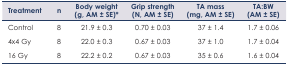
| Treatment | n | Body weight (g, AM ± SE)* | Grip strength (N, AM ± SE) | TA mass (mg, AM ± SE) | TA:BW (AM ± SE) |
 | --- | --- | --- | --- | --- | --- |
 | Control | 8 | 21.9 ± 0.3 | 0.70 ± 0.03 | 37 ± 1.4 | 1.7 ± 0.06 |
 | 4x4 Gy | 8 | 22.0 ± 0.3 | 0.67 ± 0.03 | 37 ± 1.0 | 1.7 ± 0.04 |
 | 16 Gy | 8 | 22.2 ± 0.2 | 0.67 ± 0.03 | 35 ± 0.6 | 1.6 ± 0.04 |